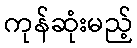
ကုန်ဆုံးမည့်